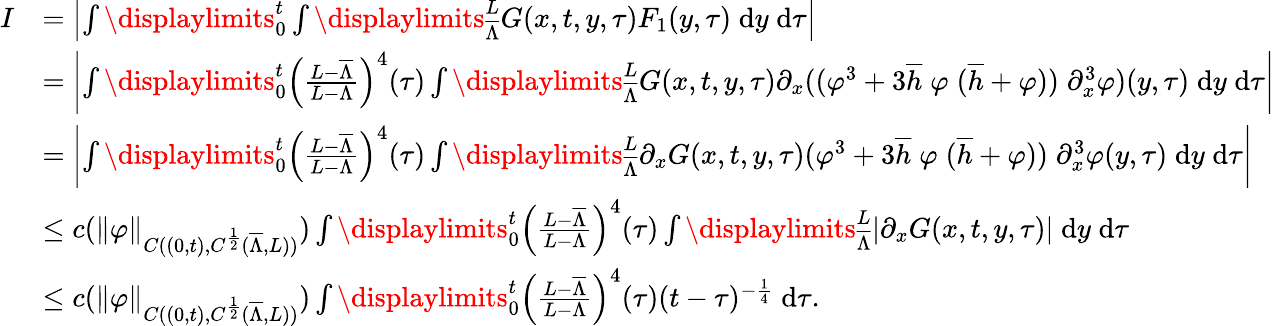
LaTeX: \begin{array}{rl}{I}&{=\left|\int\displaylimits_{0}^{t}\int\displaylimits_{\overline{{\Lambda}}}^{L}G(x,t,y,\tau)F_{1}(y,\tau)\; \mathrm{d}y\; \mathrm{d}\tau\right|}\\ &{=\left|\int\displaylimits_{0}^{t}{\left(\frac{L-\overline{{\Lambda}}}{L-\Lambda}\right)^{4}(\tau)}\int\displaylimits_{\overline{{\Lambda}}}^{L}G(x,t,y,\tau)\partial_{x}((\varphi^{3}+3\overline{{h}}\; \varphi\; (\overline{{h}}+\varphi))\; \partial_{x}^{3}\varphi)(y,\tau)\; \mathrm{d}y\; \mathrm{d}\tau\right|}\\ &{=\left|\int\displaylimits_{0}^{t}{\left(\frac{L-\overline{{\Lambda}}}{L-\Lambda}\right)^{4}(\tau)}\int\displaylimits_{\overline{{\Lambda}}}^{L}\partial_{x}G(x,t,y,\tau)(\varphi^{3}+3\overline{{h}}\; \varphi\; (\overline{{h}}+\varphi))\; \partial_{x}^{3}\varphi(y,\tau)\; \mathrm{d}y\; \mathrm{d}\tau\right|}\\ &{\le c(\| \varphi\| _{C((0,t),C^{\frac{1}{2}}(\overline{{\Lambda}},L))})\int\displaylimits_{0}^{t}{\left(\frac{L-\overline{{\Lambda}}}{L-\Lambda}\right)^{4}(\tau)}\int\displaylimits_{\overline{{\Lambda}}}^{L}|\partial_{x}G(x,t,y,\tau)|\; \mathrm{d}y\; \mathrm{d}\tau}\\ &{\le c(\| \varphi\| _{C((0,t),C^{\frac{1}{2}}(\overline{{\Lambda}},L))})\int\displaylimits_{0}^{t}{\left(\frac{L-\overline{{\Lambda}}}{L-\Lambda}\right)^{4}(\tau)(t-\tau)^{-\frac{1}{4}}\; \mathrm{d}\tau}.}\end{array}